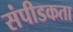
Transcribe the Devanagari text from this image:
संपीडकता